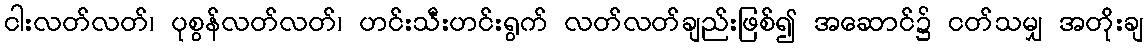
ငါးလတ်လတ်၊ ပုစွန်လတ်လတ်၊ ဟင်းသီးဟင်းရွက် လတ်လတ်ချည်းဖြစ်၍ အဆောင်၌ ငတ်သမျှ အတိုးချ